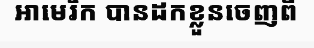
អាមេរិក បានដកខ្លួនចេញពី